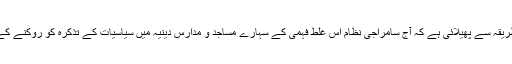
یہ غلط فہمی سامراج اور اس کے آلۂ کار افراد نے اتنے منظم طریقہ سے پھیلائی ہے کہ آج سامراجی نظام اس غلط فہمی کے سہارے مساجد و مدارس دینیہ میں سیاسیات کے تذکرہ کو روکنے کے لیے قانونی اقدامات کی طرف بڑھنے کی کوشش کر رہا ہے ۔